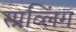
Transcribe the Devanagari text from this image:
स्प्रव्लिंग